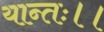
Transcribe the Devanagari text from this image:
यान्तः।।